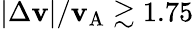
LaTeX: |\Delta\mathbf{v}|/\mathbf{v}_{\mathrm{{A}}}\gtrsim1.75